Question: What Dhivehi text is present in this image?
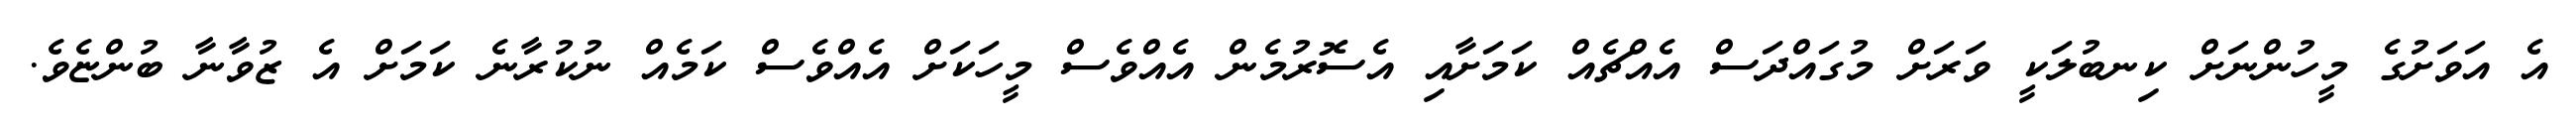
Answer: އެ އަވަށުގެ މީހުންނަށް ކިނބުލަކީ ވަރަށް މުގައްދަސް އެއްޗެއް ކަމަށާއި އެސޮރުމެން އެއްވެސް މީހަކަށް އެއްވެސް ކަމެއް ނުކުރާނެ ކަމަށް އެ ޒުވާނާ ބުންޏެވެ.